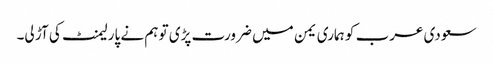
سعودی عرب کو ہماری یمن میں ضرورت پڑی تو ہم نے پارلیمنٹ کی آڑ لی۔